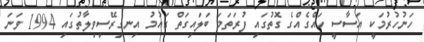
ހަނުހުރުމަކީ އަސާސީ ހައްގެއްގެ ގޮތުގައި ފުރަތަމަ ބަލައިގަތް ގައުމު އިނގިރޭސިވިލާތުގައި 1994 ވަނަ